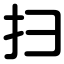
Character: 扫